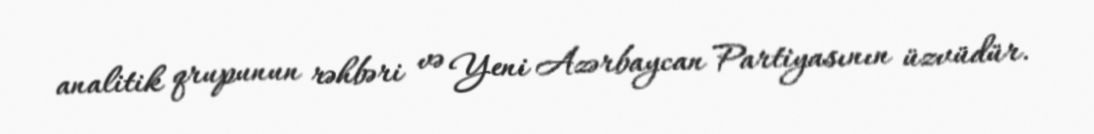
analitik qrupunun rəhbəri və Yeni Azərbaycan Partiyasının üzvüdür.